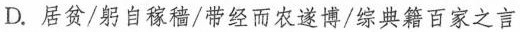
D. 居贫/躬自稼穑/带经而农遂博/综典籍百家之言